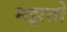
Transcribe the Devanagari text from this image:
मझतो